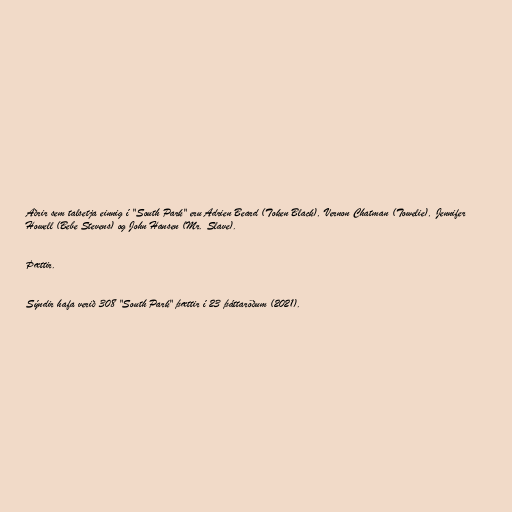
Aðrir sem talsetja einnig í "South Park" eru Adrien Beard (Token Black), Vernon Chatman (Towelie), Jennifer
Howell (Bebe Stevens) og John Hansen (Mr. Slave).

Þættir.

Sýndir hafa verið 308 "South Park" þættir í 23 þáttaröðum (2021).